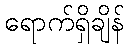
ရောက်ရှိချိန်